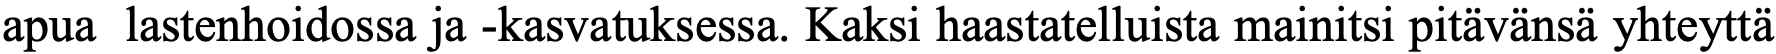
apua lastenhoidossa ja -kasvatuksessa. Kaksi haastatelluista mainitsi pitävänsä yhteyttä